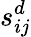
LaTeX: s_{ij}^{d}